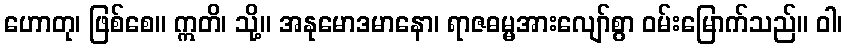
ဟောတု၊ ဖြစ်စေ။ ဣတိ၊ သို့။ အနုမောဒမာနော၊ ရာဇဓမ္မအားလျော်စွာ ဝမ်းမြောက်သည်။ ဝါ၊